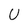
Character: U